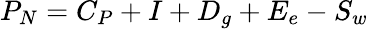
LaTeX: \textstyle P_{N}=C_{P}+I+D_{g}+E_{e}-S_{w}\,